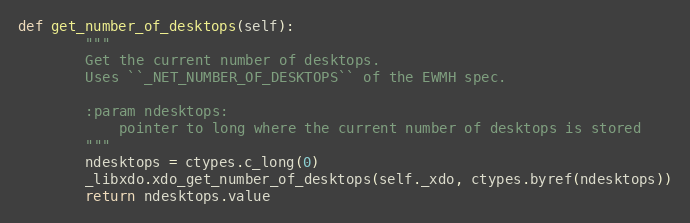
Language: Python
def get_number_of_desktops(self):
        """
        Get the current number of desktops.
        Uses ``_NET_NUMBER_OF_DESKTOPS`` of the EWMH spec.

        :param ndesktops:
            pointer to long where the current number of desktops is stored
        """
        ndesktops = ctypes.c_long(0)
        _libxdo.xdo_get_number_of_desktops(self._xdo, ctypes.byref(ndesktops))
        return ndesktops.value